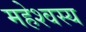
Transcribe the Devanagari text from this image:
महेश्वस्य